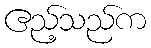
ဧည့်သည်က